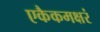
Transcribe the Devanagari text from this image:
एकैकमक्षरं